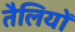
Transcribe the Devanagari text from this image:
तैलियों